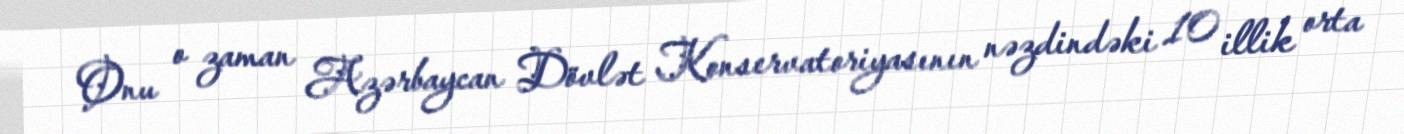
Onu o zaman Azərbaycan Dövlət Konservatoriyasının nəzdindəki 10 illik orta